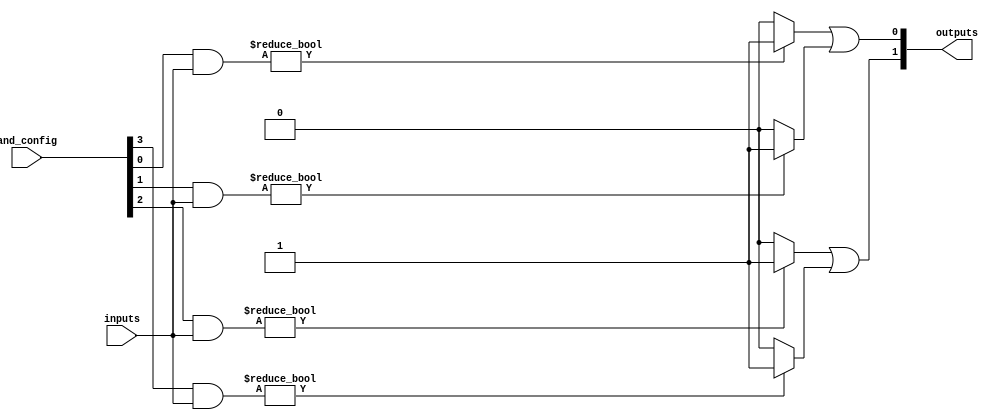
module PAL (
    input wire [N-1:0] inputs,          // N input lines
    input wire [M-1:0] and_config,      // Configuration for AND gates
    output wire [P-1:0] outputs          // P output lines
);
    parameter N = 8;                     // Number of inputs
    parameter M = 4;                     // Number of AND gates
    parameter P = 2;                     // Number of OR gates

    // AND array outputs
    wire [M-1:0] and_out;

    // Generate AND gates based on configuration
    genvar i;
    generate
        for (i = 0; i < M; i = i + 1) begin : and_array
            assign and_out[i] = (and_config[i] & inputs) ? 1'b1 : 1'b0;
        end
    endgenerate

    // OR array outputs
    wire [P-1:0] or_out;

    // Fixed OR gate configuration (example)
    assign or_out[0] = and_out[0] | and_out[1]; // OR gate 1
    assign or_out[1] = and_out[2] | and_out[3]; // OR gate 2

    // Final outputs
    assign outputs = or_out;

endmodule